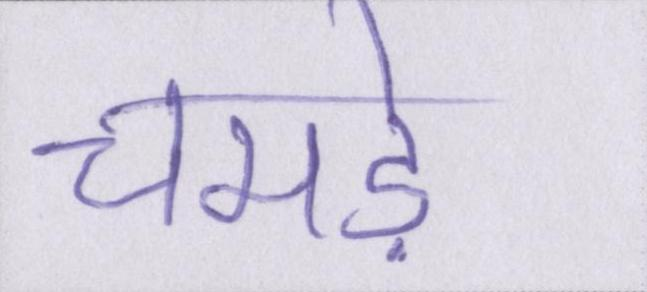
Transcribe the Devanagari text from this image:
चमड़े